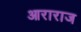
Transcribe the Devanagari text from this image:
आराराज